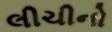
લીચીનો